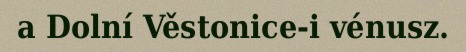
a Dolní Věstonice-i vénusz.